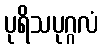
ပုရိသပုဂ္ဂလံ